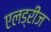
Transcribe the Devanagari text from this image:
एलड्रीज